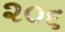
૨૦૬